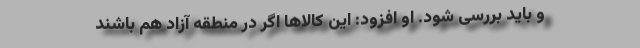
و باید بررسی شود. او افزود: این کالاها اگر در منطقه آزاد هم باشند